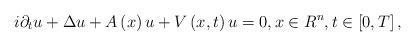
LaTeX: \begin{align*}i\partial _{t}u+\Delta u+A\left( x\right) u+V\left( x,t\right) u=0,x\in R^{n},t\in \left[ 0,T\right] , \end{align*}